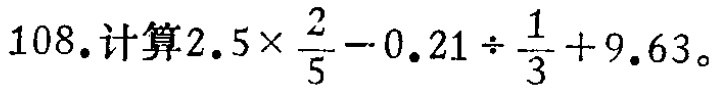
108.计算$2.5\times\frac{2}{5}-0.21\div\frac{1}{3}+9.63$。